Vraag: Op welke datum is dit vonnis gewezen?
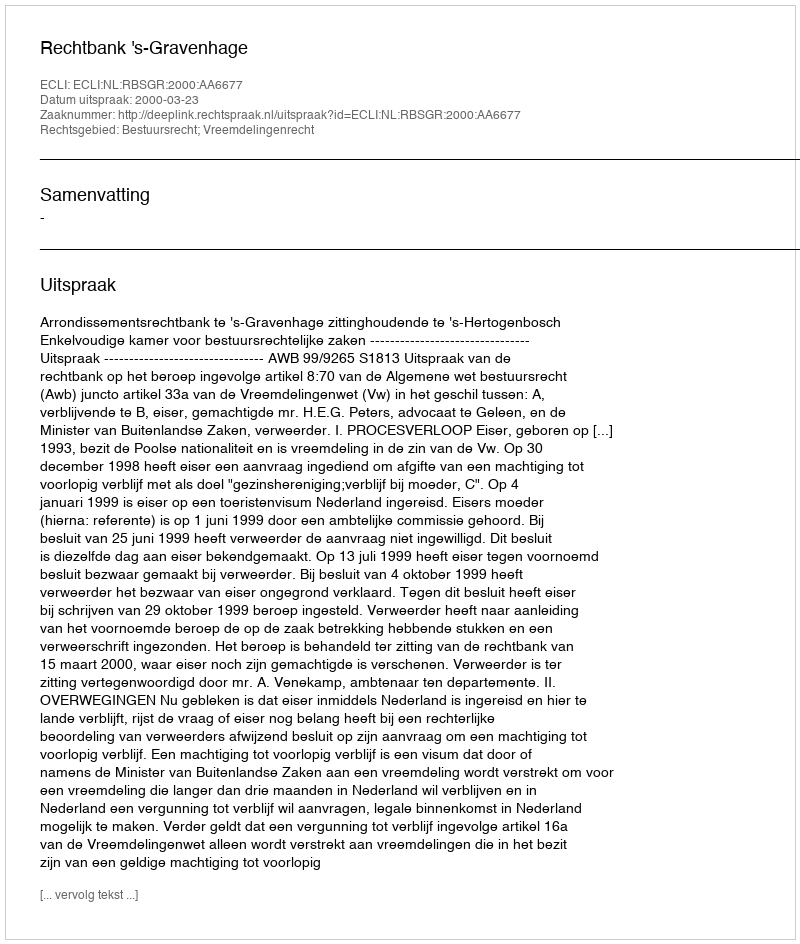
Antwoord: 2000-03-23